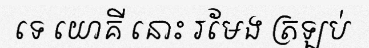
ទេ យោគី នោះ រមែង ត្រឡប់